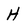
Character: H